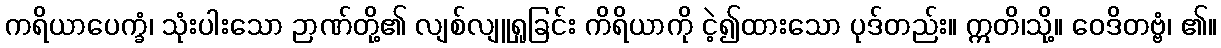
ကရိယာပေက္ခံ၊ သုံးပါးသော ဉာဏ်တို့၏ လျစ်လျူရှုခြင်း ကိရိယာကို ငဲ့၍ထားသော ပုဒ်တည်း။ ဣတိ၊သို့။ ဝေဒိတဗ္ဗံ၊ ၏။